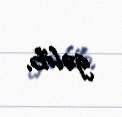
gəlib.